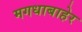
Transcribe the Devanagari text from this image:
मगधाबाहेर